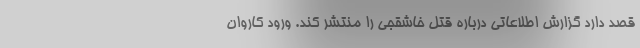
قصد دارد گزارش اطلاعاتی درباره قتل خاشقجی را منتشر کند. ورود کاروان